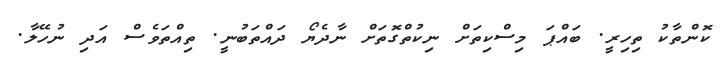
ކޮންތާކު ތިހިރީ. ބައްޕަ މިސްކިތަށް ނިކުތްގޮތަށް ނާދެޔޯ ދައްތަބުނީ. ތިއްތަވެސް އަދި ނުހޭލާ.